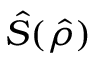
\hat { S } ( \hat { \rho } )